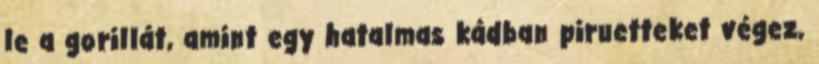
le a gorillát, amint egy hatalmas kádban piruetteket végez,